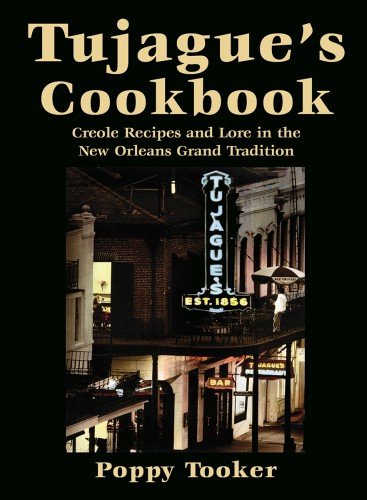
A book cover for Tujague's Cookbook: Creole Recipes and Lore in the New Orleans Grand Tradition; Poppy Tooker; Cookbooks, Food & Wine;